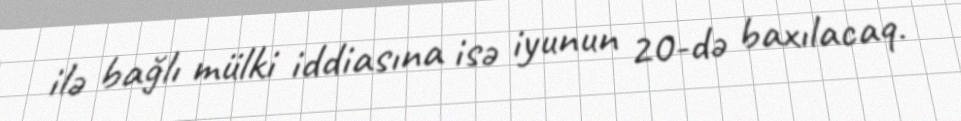
ilə bağlı mülki iddiasına isə iyunun 20-də baxılacaq.